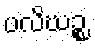
ပလိဃဉ္စ